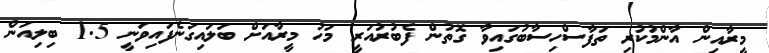
މީރާއިން އާންމުކުރި ތަފާސްހިސާބުގައިވާ ގޮތުން ފެބުރުއަރީ މަހު މީރާއަށް ބަލައިގަނެފައިވަނީ 1.5 ބިލިއަން